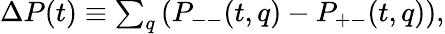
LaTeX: \begin{array}{r}{\Delta P(t)\equiv\sum_{q}\left(P_{--}(t,q)-P_{+-}(t,q)\right),}\end{array}